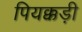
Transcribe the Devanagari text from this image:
पियक्कड़ी